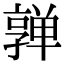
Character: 亸